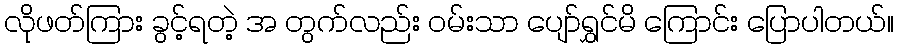
လိုဖတ်ကြား ခွင့်ရတဲ့ အ တွက်လည်း ဝမ်းသာ ပျော်ရွှင်မိ ကြောင်း ပြောပါတယ်။